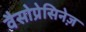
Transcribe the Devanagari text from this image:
वैसोप्रेसिनेज़